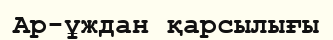
Ар-ұждан қарсылығы